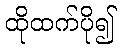
ထိုထက်ပို၍